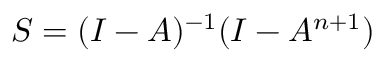
S = ( I - A ) ^ { - 1 } ( I - A ^ { n + 1 } )